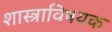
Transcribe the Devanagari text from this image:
शास्त्राविषयक